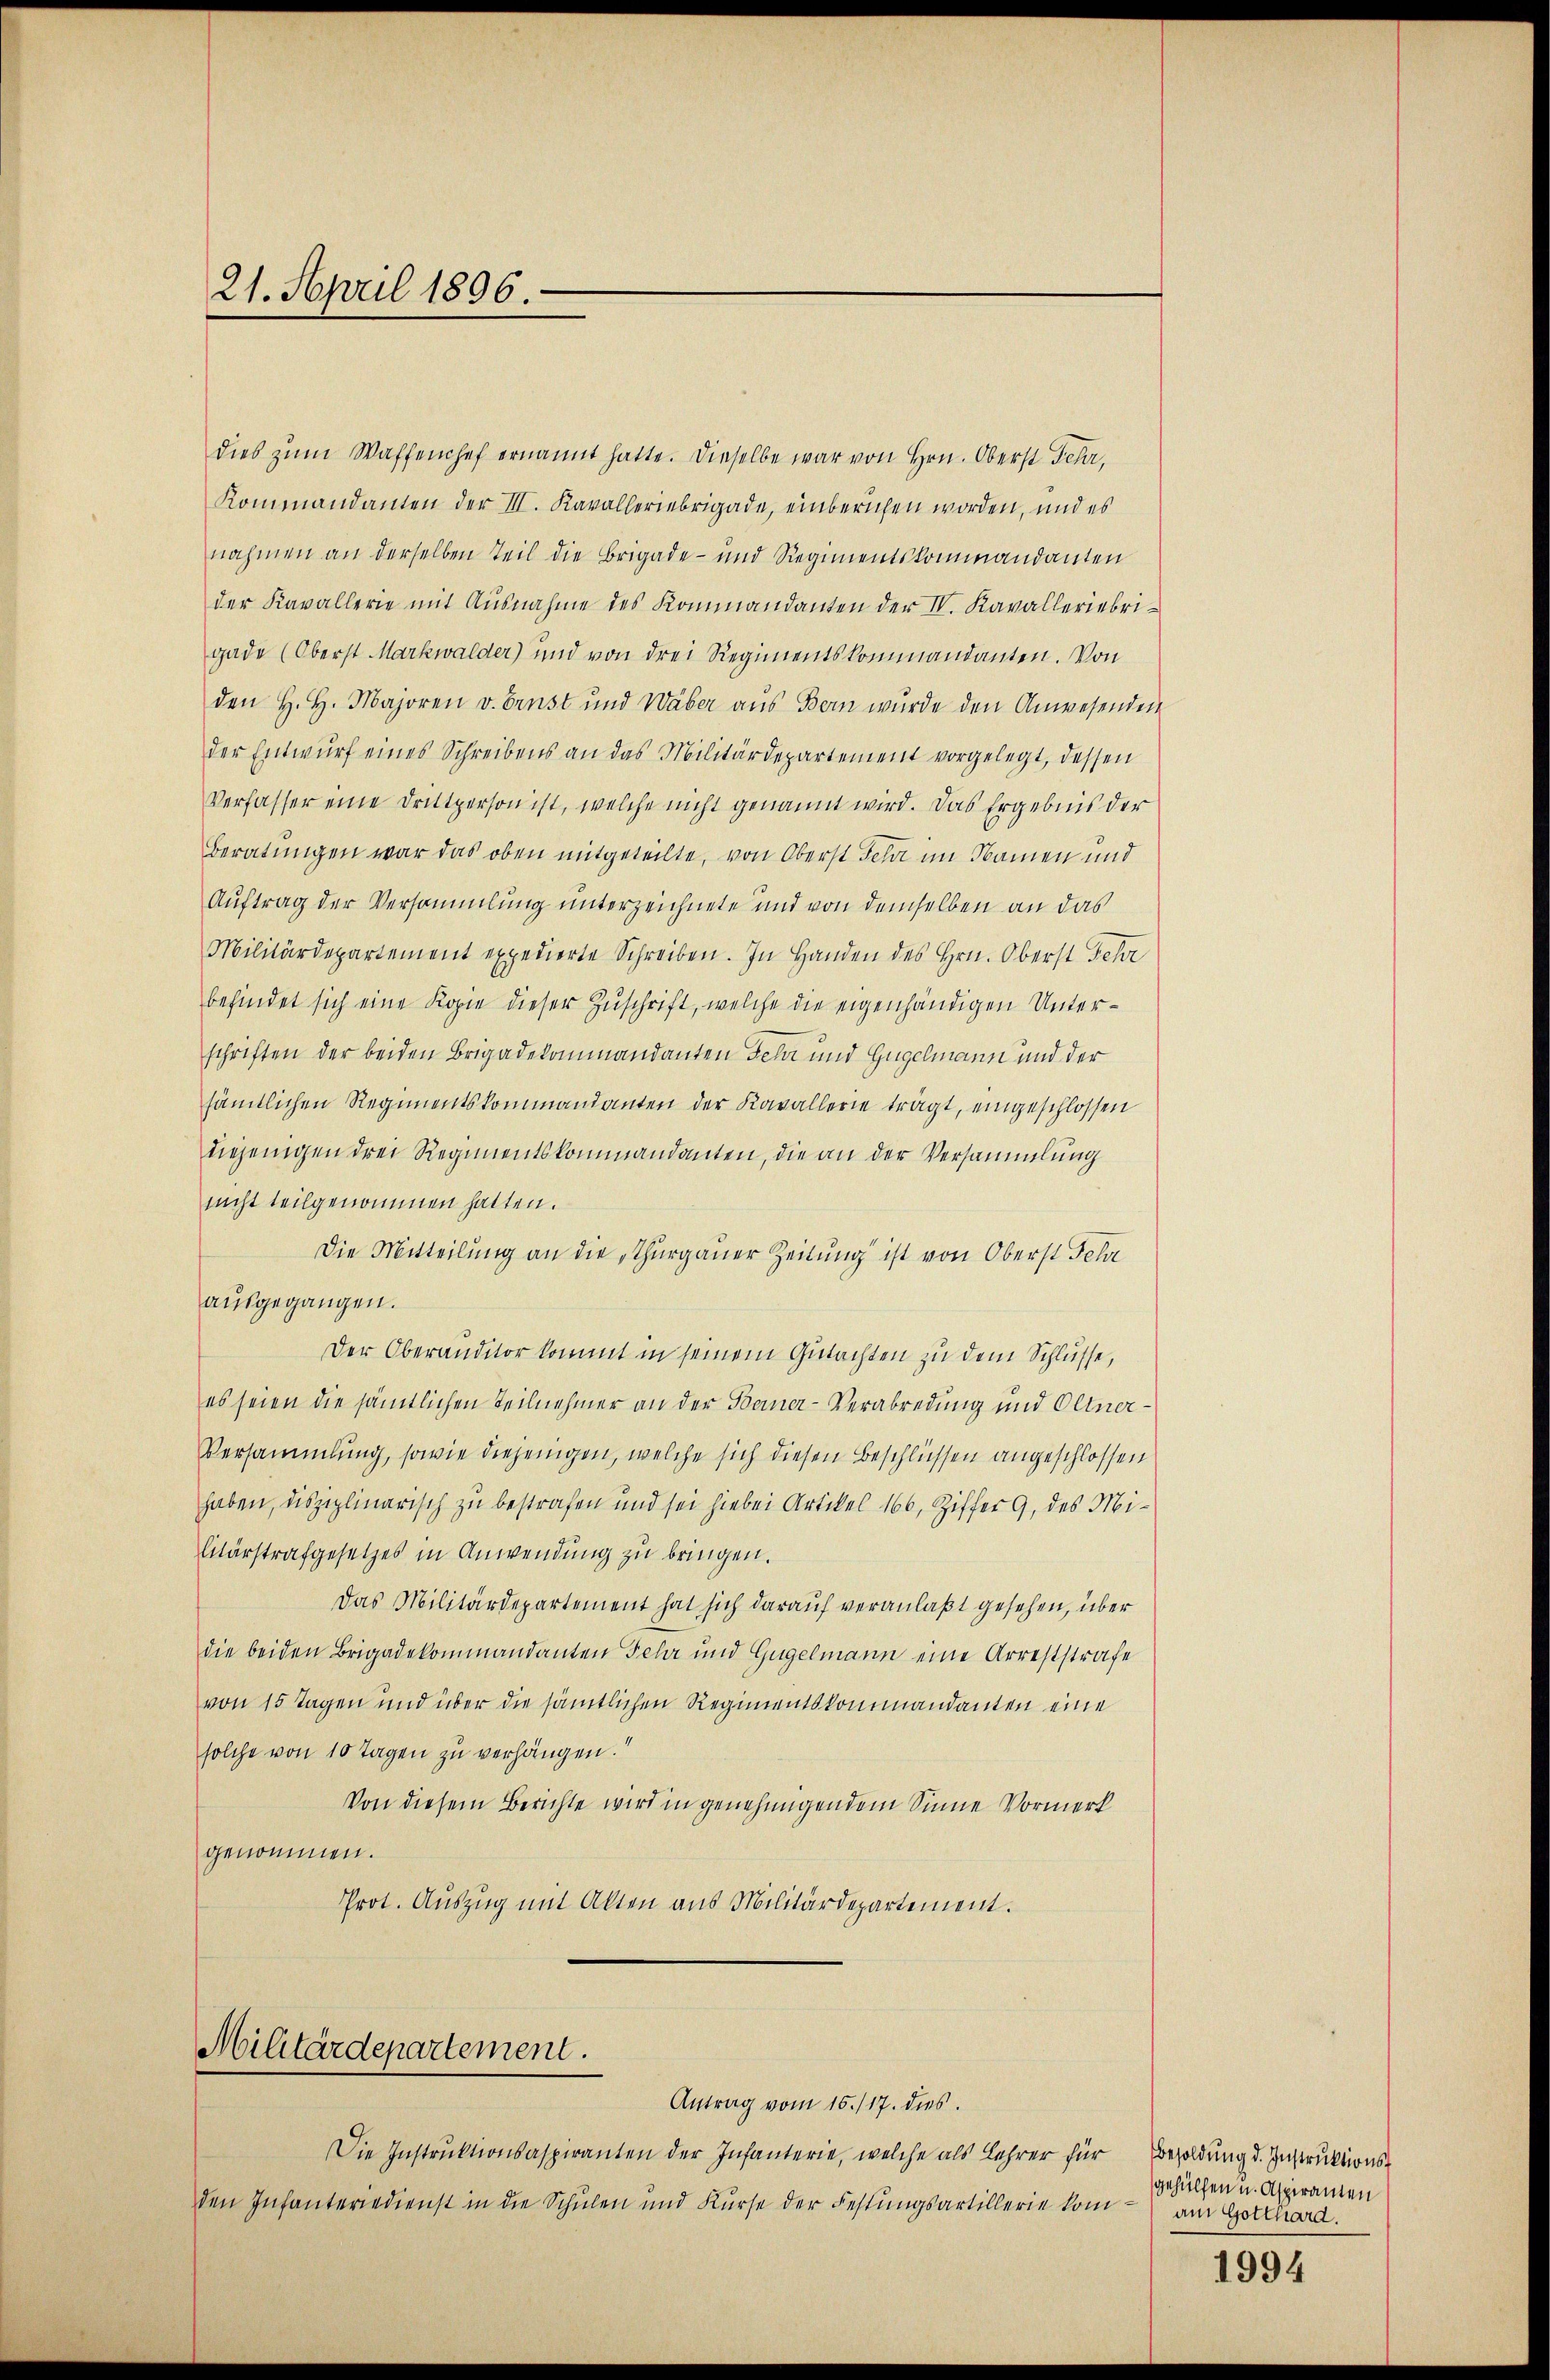
21. April 1896.

dies zŭm Waffenhef ernannt hatte. Dieselbe war von Hrn. Oberst Fehr,
Kommandanten der III. Kavalleriebrigade, einberichen worden, und es
nahmen an derselben Teil die Brigade- und Regimentskommandanten
der Kavallerie mit Ausnahme des Kommandanten der IV. Kavalleriebri-
gade (Oberst Markwalder) und von drei Regimentskommandanten. Von
den H. H. Majoren v. Ernst und Wäber aus Bern wurde den Anwesenden
der Entwurf eines Schreibens an das Militärdepartement vorgelegt, dessen
Verfasser eine Drittperson ist, welche nicht genannt wird. Das Ergebnis der
Beratungen war das oben mitgeteilte, von Oberst sehr im Namen und
Auftrag der Versammlung unterzeichnete und von demselben an das
Militärdepartement expedierte Schreiben. In Handen des Hrn. Oberst sehr
befindet sich eine Kopie dieser Zuschrift, welche die eigenhändigen Unterschriften der beiden Brigadekommandanten Fehr und Gugelmann und der
sämtlichen Regimentskommandanten der Kavallerie trägt, eingeschlossen
diejenigen drei Regimentskommandanten, die an der Versammlung
nicht teilgenommen hatten.
Die Mitteilung an die Thurgauer Zeitung ist von Oberst Jele
ausgegangen.
Der Oberanditor kommt in seinem Gutachten zu dem Schlüsse,
es seien die sämtlichen Teilnehmer an der Berner-Verabredung und Oltner-
Versammlung, sowie diejenigen, welche sich diesen Beschlüssen angeschlossen
haben, disziplinarisch zu bestrafen und sei hiebei Artikel 166, Ziffer 9, des Militärstrafgesetzes in Anwendung zu bringen.
Das Militärdepartement hat sich darauf veranlaßt gesehen, über
die beiden Brigadekommandanten Fehr und Gugelmann eine Arreststrafe
von 15 Tagen und über die sämtlichen Regimentskommandanten eine
solche von 10 Tagen zu verhängen.
Von diesem Berichte wird in genehmigendem Sinne Vormerk
genommen.
Prot. Auszug mit Akten aus Militärdepartement.

Militärdepartement.

Antrag vom 15./17. dies
Die Instruktionsaspiranten der Infanterie, welche als Lehrer für
den Infanteriedienst in die Schulen und Kurse der Festungsartillerie kom- am Gotthard.

Besoldŭng d. Instruktions-
gehülfen u. Aspiramen

1994